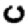
Digit: 0